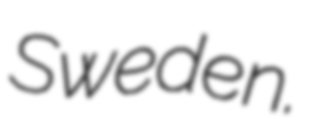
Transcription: Sweden.